Juuru_vallavalitsus, lk 61
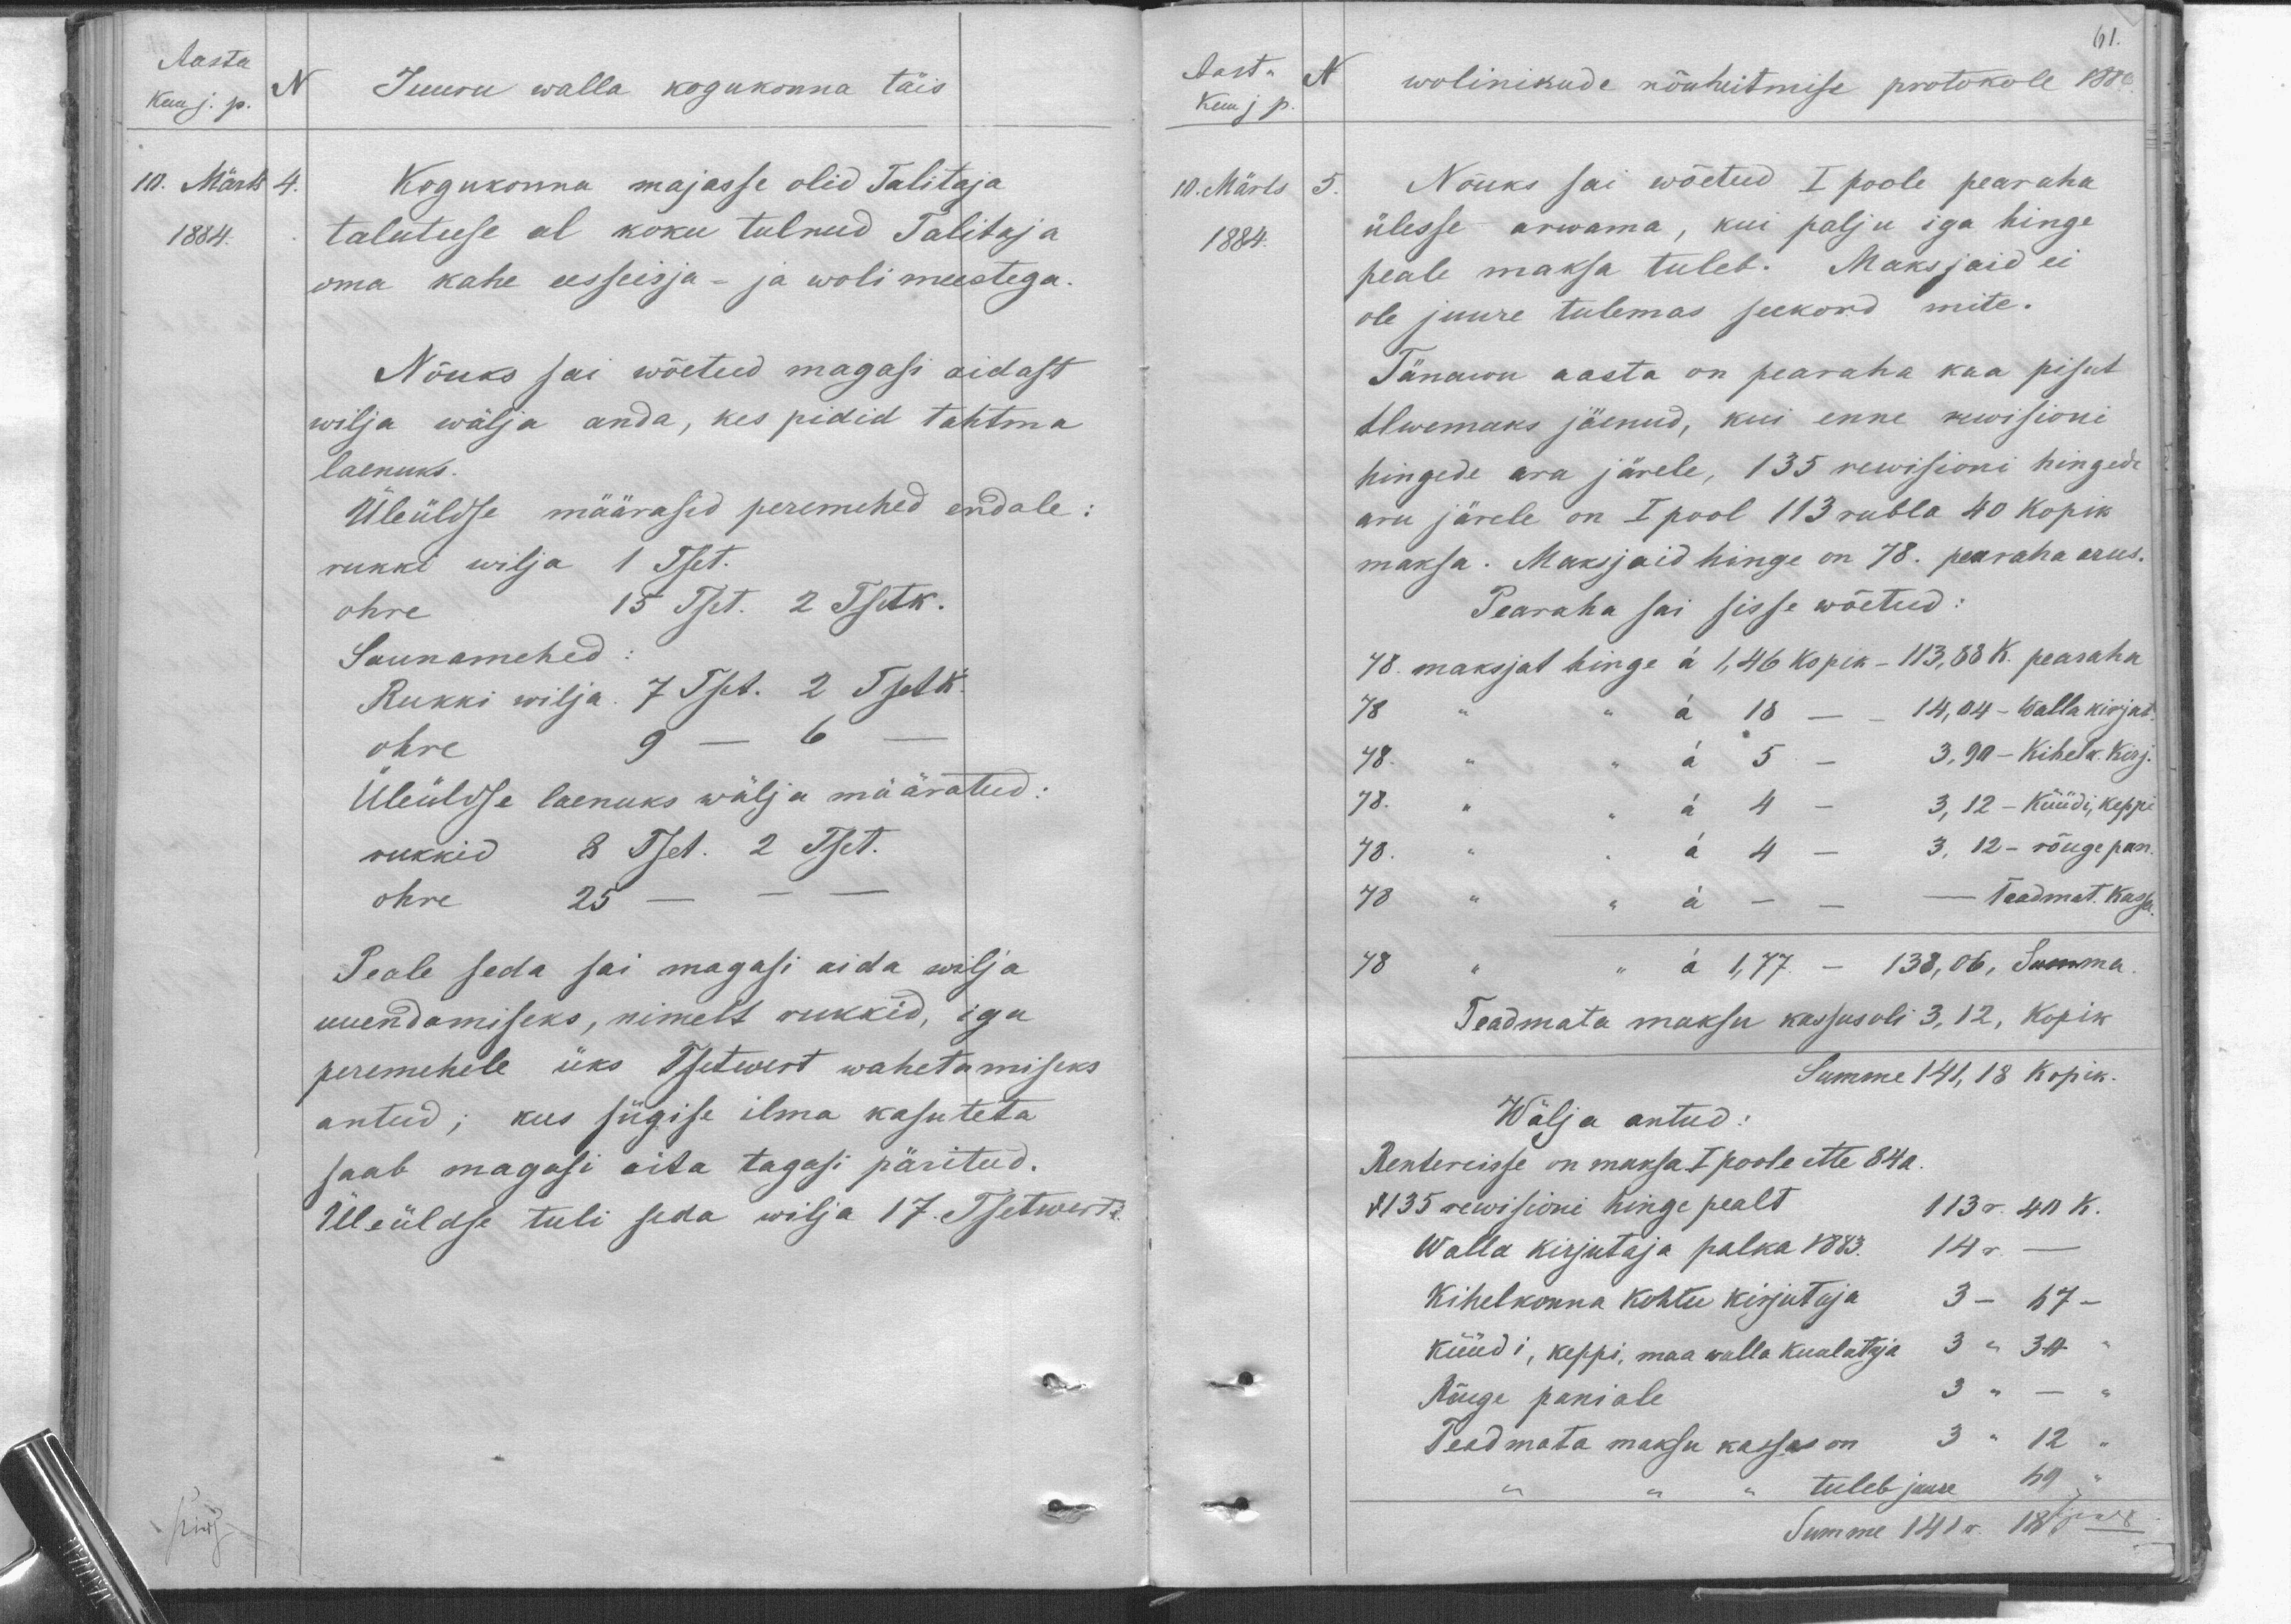
Aasta
Kuu j. p.
N
Juuru walla kogukonna täis
10. Märts 4.
1884.
Kogukonna majasse olid Talitaja
talutuse al koku tulnud Talitaja
oma kahe eesseisja- ja woli meestega.
Nõuks sai wõetud magasi aidast
wilja wälja anda, kes pidid tahtma
laenuks.
Üleüldse määrasid peremehed endale:
rukki wilja 1 Tset.
ohre 15 Tset. 2 Tsetk.
Saunamehed
Rukki wilja. 7 Tset. 2 Tsetk.
ohre 9 - 6
Üleüldse laenuks wälja määratud:
rukkid 8 Tset. 2 Tset.
ohre 25
Peale seda sai magasi aida wilja
uuendamiseks, nimelt rukkid, iga
peremehele üks Tsetwert wahetamiseks
antud; kus sügise ilma kasuteta
saab magasi aita tagasi päritud.
Üleüldse tuli seda wilja 17. Tsetwerti.

61.
Aasta
N.
Kuu jp.
wolinikude nõuhitmise protokole 1886
10. Märts 5.
1884.
Nõuks sai wõetud I poole pearaha
ülesse arwama, kui palju iga hinge
peale maksa tuleb. Maksjaid ei
ole juure tulemas seekord mite.
Tänawu aasta on pearaha kaa pisut
Alwemaks jäenud, kui enne rewisioni
hingede ära järele,135 rewisioni hingede
aru järele on I pool 113 rubla 40 kopik
maksa. Maksjaid hinge on 78. pearaha arus.
Pearaha sai sisse wõetud.
48 maksjat hinge á 1, 46 kopik - 113, 88 K. pearaha
48 " " " " á 18 - 14, 04 - Walla kirjas,
48. " " á 5 - 3,90 - Kihelk. Kirj.
48. " " á 4 - 3, 12 - Küüdi, keppi
48. " " " á 4 - 3, 12 - rõuge pan.-
48 " " á - - - Teadmat. Kasja
48 " " á 1,77 - 138,06, Summa
Teadmata maksu kassas oli 3, 12, Kopik
Summe 141, 18 Kopik.
Wälja antud:
Rentereisse on maksa I poole ette 84 a.
135 rewisioni hinge pealt 113 r. 40 K.
Walla kirjutaja palka 1883. 14 r. -
Kihelkonna kohtu kirjutaja 3- 67-
küüdi, keppi, maa walla kuulataja 3 " 3 H
Rõuge paniale 3 " - "
Peadmata maksu kassas on 3 " 12 "
tuleb juurde, 69 "
Summe 141 r. 18 k.